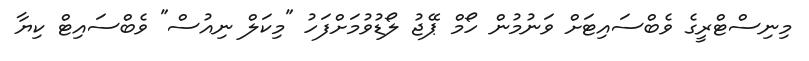
މިނިސްޓްރީގެ ވެބްސައިޓަށް ވަނުމުން ހޯމް ޕޭޖު ލޯޑުވުމަށްފަހު "މިކަލް ނިއުސް" ވެބްސައިޓް ކިޔާ